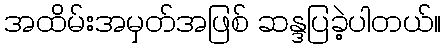
အထိမ်းအမှတ်အဖြစ် ဆန္ဒပြခဲ့ပါတယ်။